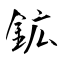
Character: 鉱